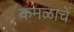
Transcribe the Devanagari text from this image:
कमळाचें